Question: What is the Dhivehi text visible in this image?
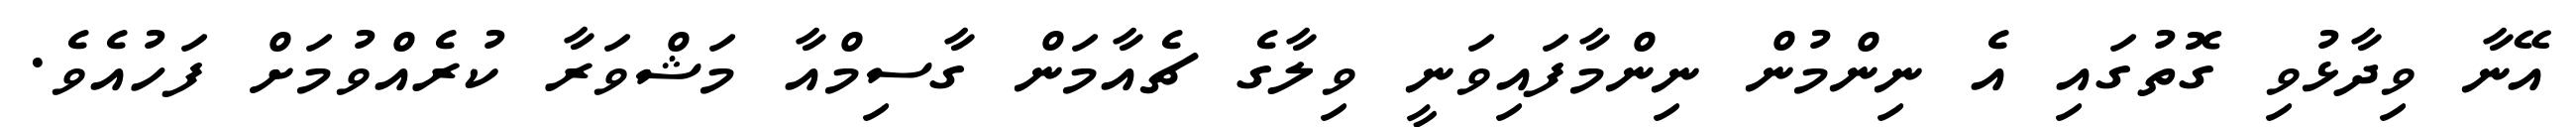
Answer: އޭނާ ވިދާޅުވި ގޮތުގައި އެ ނިންމުން ނިންމާފައިވަނީ ވިލާގެ ޗެއާމަން ގާސިމްއާ މަޝްވަރާ ކުރެއްވުމަށް ފަހުއެވެ.